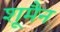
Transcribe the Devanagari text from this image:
शूमैन